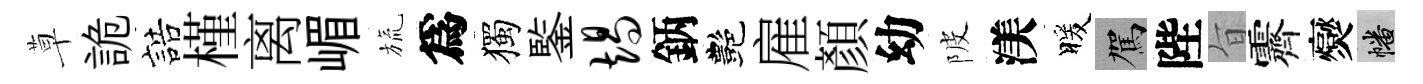
草詭誥槿离嵋旒爲獨鍳竭鈵艷雇顔幼陂渼暖駕陛旨霽爕幡